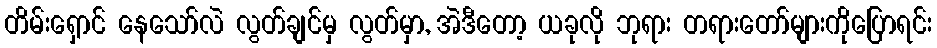
တိမ်းရှောင် နေသော်လဲ လွတ်ချင်မှ လွတ်မှာ, အဲဒီတော့ ယခုလို ဘုရား တရားတော်များကိုပြောရင်း